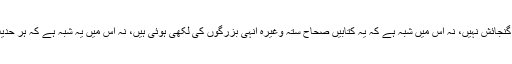
اور اب اس میں کسی قسم کے شبہ کی گنجائش نہیں، نہ اس میں شبہ ہے کہ یہ کتابیں صحاح ستہ وغیرہ انہی بزرگوں کی لکھی ہوئی ہیں، نہ اس میں یہ شبہ ہے کہ ہر حدیث کی سند رسول اللہﷺ تک پہنچی ہے۔